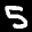
Label: 5